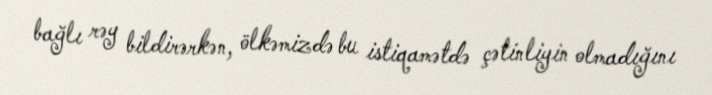
bağlı rəy bildirərkən, ölkəmizdə bu istiqamətdə çətinliyin olmadığını